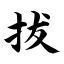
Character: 拔